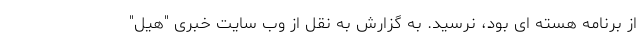
از برنامه هسته ای بود، نرسید. به گزارش به نقل از وب سایت خبری "هیل"